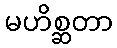
မဟိစ္ဆတာ